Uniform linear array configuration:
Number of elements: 16
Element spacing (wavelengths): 0.25
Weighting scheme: blackman
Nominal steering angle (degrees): -60
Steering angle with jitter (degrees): -59.034
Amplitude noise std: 0.05
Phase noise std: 0.05

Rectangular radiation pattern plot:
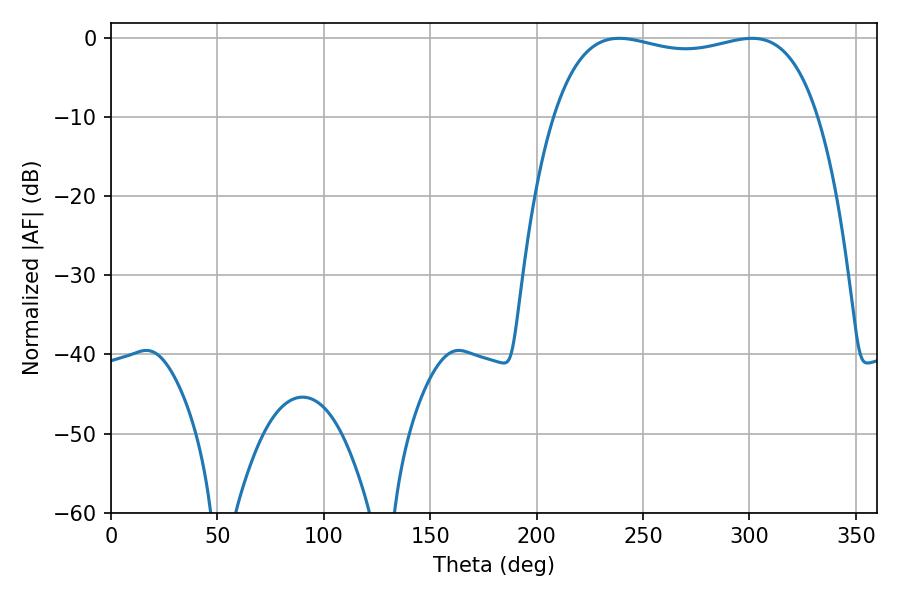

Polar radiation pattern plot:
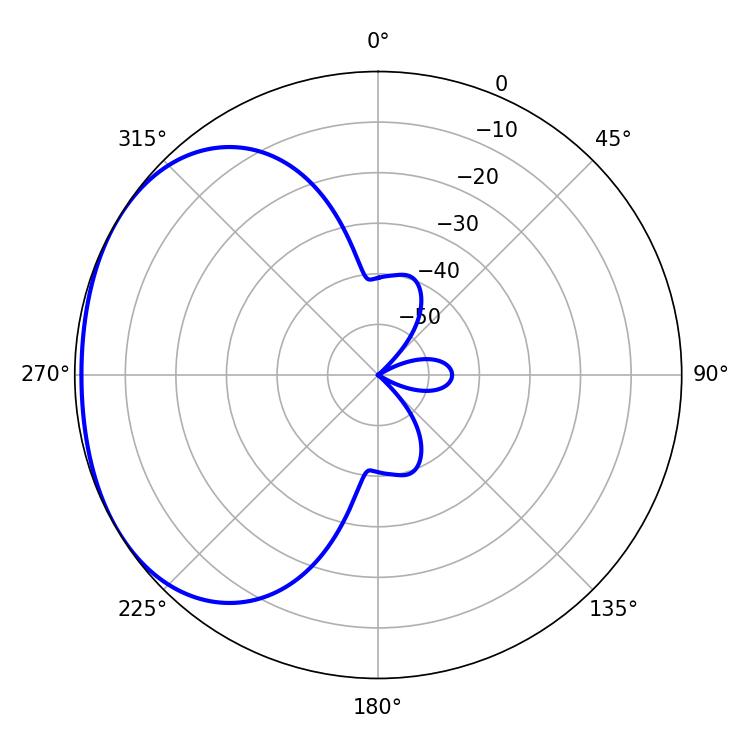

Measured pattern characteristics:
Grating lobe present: FALSE
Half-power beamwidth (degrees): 100.44
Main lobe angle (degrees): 301.14